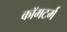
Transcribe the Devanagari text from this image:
कॉमटर्म